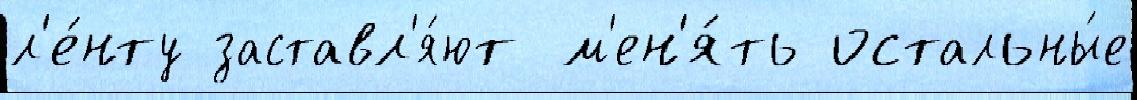
л'е́нту заставл'я́ют м'ен'я́ть остальны́е